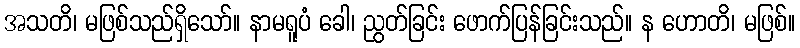
အသတိ၊ မဖြစ်သည်ရှိသော်။ နာမရူပံ ခေါ၊ ညွတ်ခြင်း ဖောက်ပြန်ခြင်းသည်။ န ဟောတိ၊ မဖြစ်။